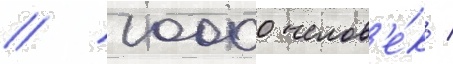
// 10000 челов'е́к /